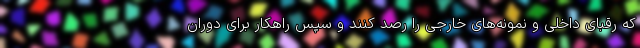
که رقبای داخلی و نمونه‌های خارجی را رصد کنند و سپس راهکار برای دوران